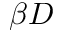
\beta D